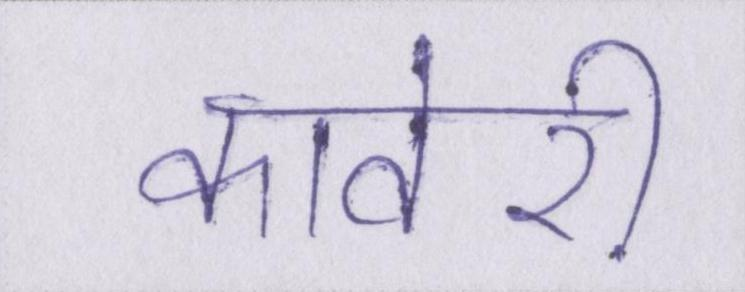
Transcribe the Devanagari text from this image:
कावेरी